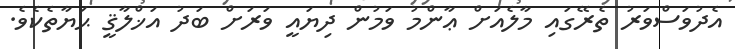
އެދުވަސްވަރު ތެރޭގައި މާލެއަށް ޢާންމު ވަމުން ދިޔައީ ވަރަށް ބަދު އަޚްލާޤީ ޙަޔާތެކެވެ.